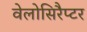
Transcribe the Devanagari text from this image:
वेलोसिरैप्टर